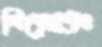
ত্রিস্রোতঃ